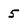
Character: 5